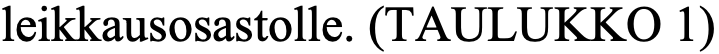
leikkausosastolle. (TAULUKKO 1)